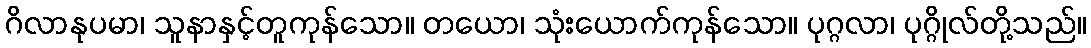
ဂိလာနုပမာ၊ သူနာနှင့်တူကုန်သော။ တယော၊ သုံးယောက်ကုန်သော။ ပုဂ္ဂလာ၊ ပုဂ္ဂိုလ်တို့သည်။